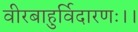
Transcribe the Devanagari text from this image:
वीरबाहुर्विदारणः।।